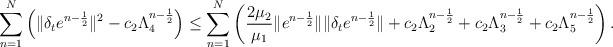
LaTeX: \begin{align*} \sum\limits_{n=1}^{N}\left( \|\delta_t e^{n-\frac{1}{2}}\|^2-c_2\Lambda_4^{n-\frac{1}{2}}\right) \leq \sum\limits_{n=1}^{N} \left(\frac{2\mu_2}{\mu_1}\|e^{n-\frac{1}{2}}\|\| \delta_te^{n-\frac{1}{2}}\|+c_2\Lambda_2^{n-\frac{1}{2}}+c_2\Lambda_3^{n-\frac{1}{2}}+c_2\Lambda_5^{n-\frac{1}{2}}\right). \end{align*}